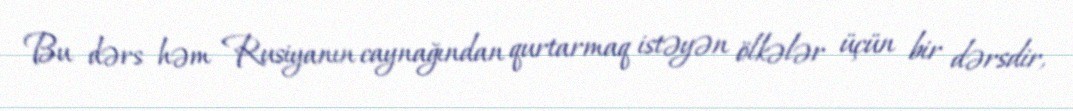
Bu dərs həm Rusiyanın caynağından qurtarmaq istəyən ölkələr üçün bir dərsdir,